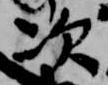
次